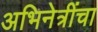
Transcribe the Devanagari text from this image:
अभिनेत्रींचा